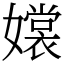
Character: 𡣖